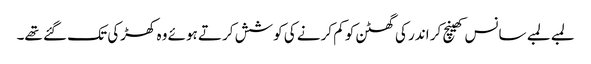
لمبے لمبے سانس کھینچ کر اندر کی گھٹن کو کم کرنے کی کوشش کرتے ہوئے وہ کھڑکی تک گئے تھے۔